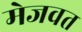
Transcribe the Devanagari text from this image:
मेजवत